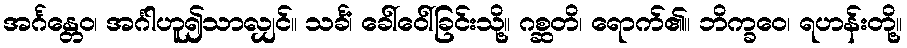
အင်္ဂန္တေဝ၊ အင်္ဂါဟူ၍သာလျှင်။ သင်္ခံ၊ ခေါ်ဝေါ်ခြင်းသို့။ ဂစ္ဆတိ၊ ရောက်၏။ ဘိက္ခဝေ၊ ရဟန်းတို့။